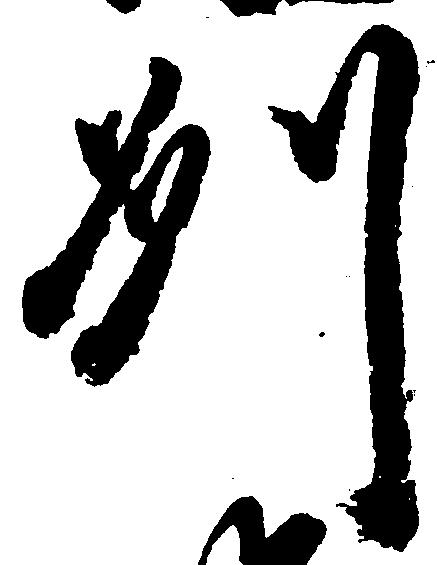
州